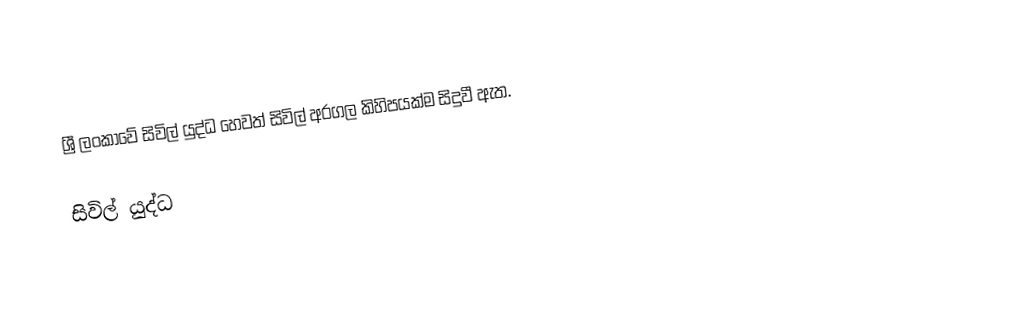
ශ්‍රී ලංකාවේ සිවිල් යුද්ධ හෙවත් සිවිල් අරගල කිහිපයක්ම සිදුවී ඇත.

සිවිල් යුද්ධ